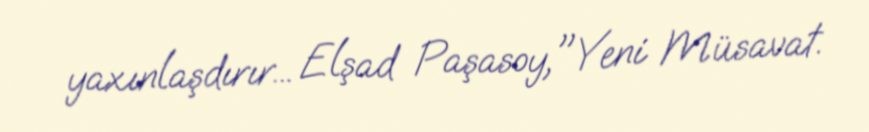
yaxınlaşdırır... Elşad Paşasoy,"Yeni Müsavat.